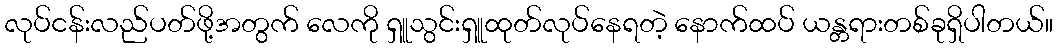
လုပ်ငန်းလည်ပတ်ဖို့အတွက် လေကို ရှူသွင်းရှူထုတ်လုပ်နေရတဲ့ နောက်ထပ် ယန္တရားတစ်ခုရှိပါတယ်။